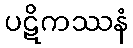
ပဋိကဿနံ